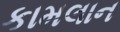
કામલાન